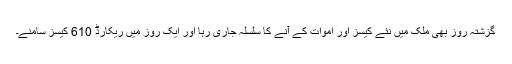
گزشتہ روز بھی ملک میں نئے کیسز اور اموات کے آنے کا سلسلہ جاری رہا اور ایک روز میں ریکارڈ 610 کیسز سامنے۔